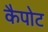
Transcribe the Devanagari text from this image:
कैपोट